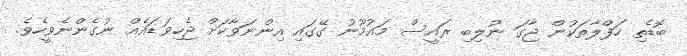
ބޮޑެތި ހަފްލާތަކުން ޖާގަ ނުލިބި ރައީސް މައުމޫނު ގޭގައި އިންނަވާކަށް ޖެހިވަޑައެއް ނުގެންނެވީހެވެ.